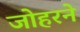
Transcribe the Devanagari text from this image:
जोहरने